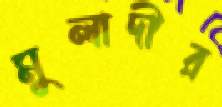
মুলাদীর